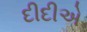
દીદીએ